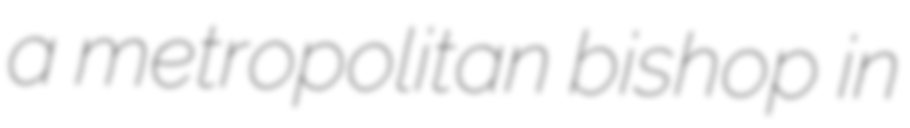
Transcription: a metropolitan bishop in